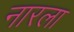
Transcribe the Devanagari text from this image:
नारला